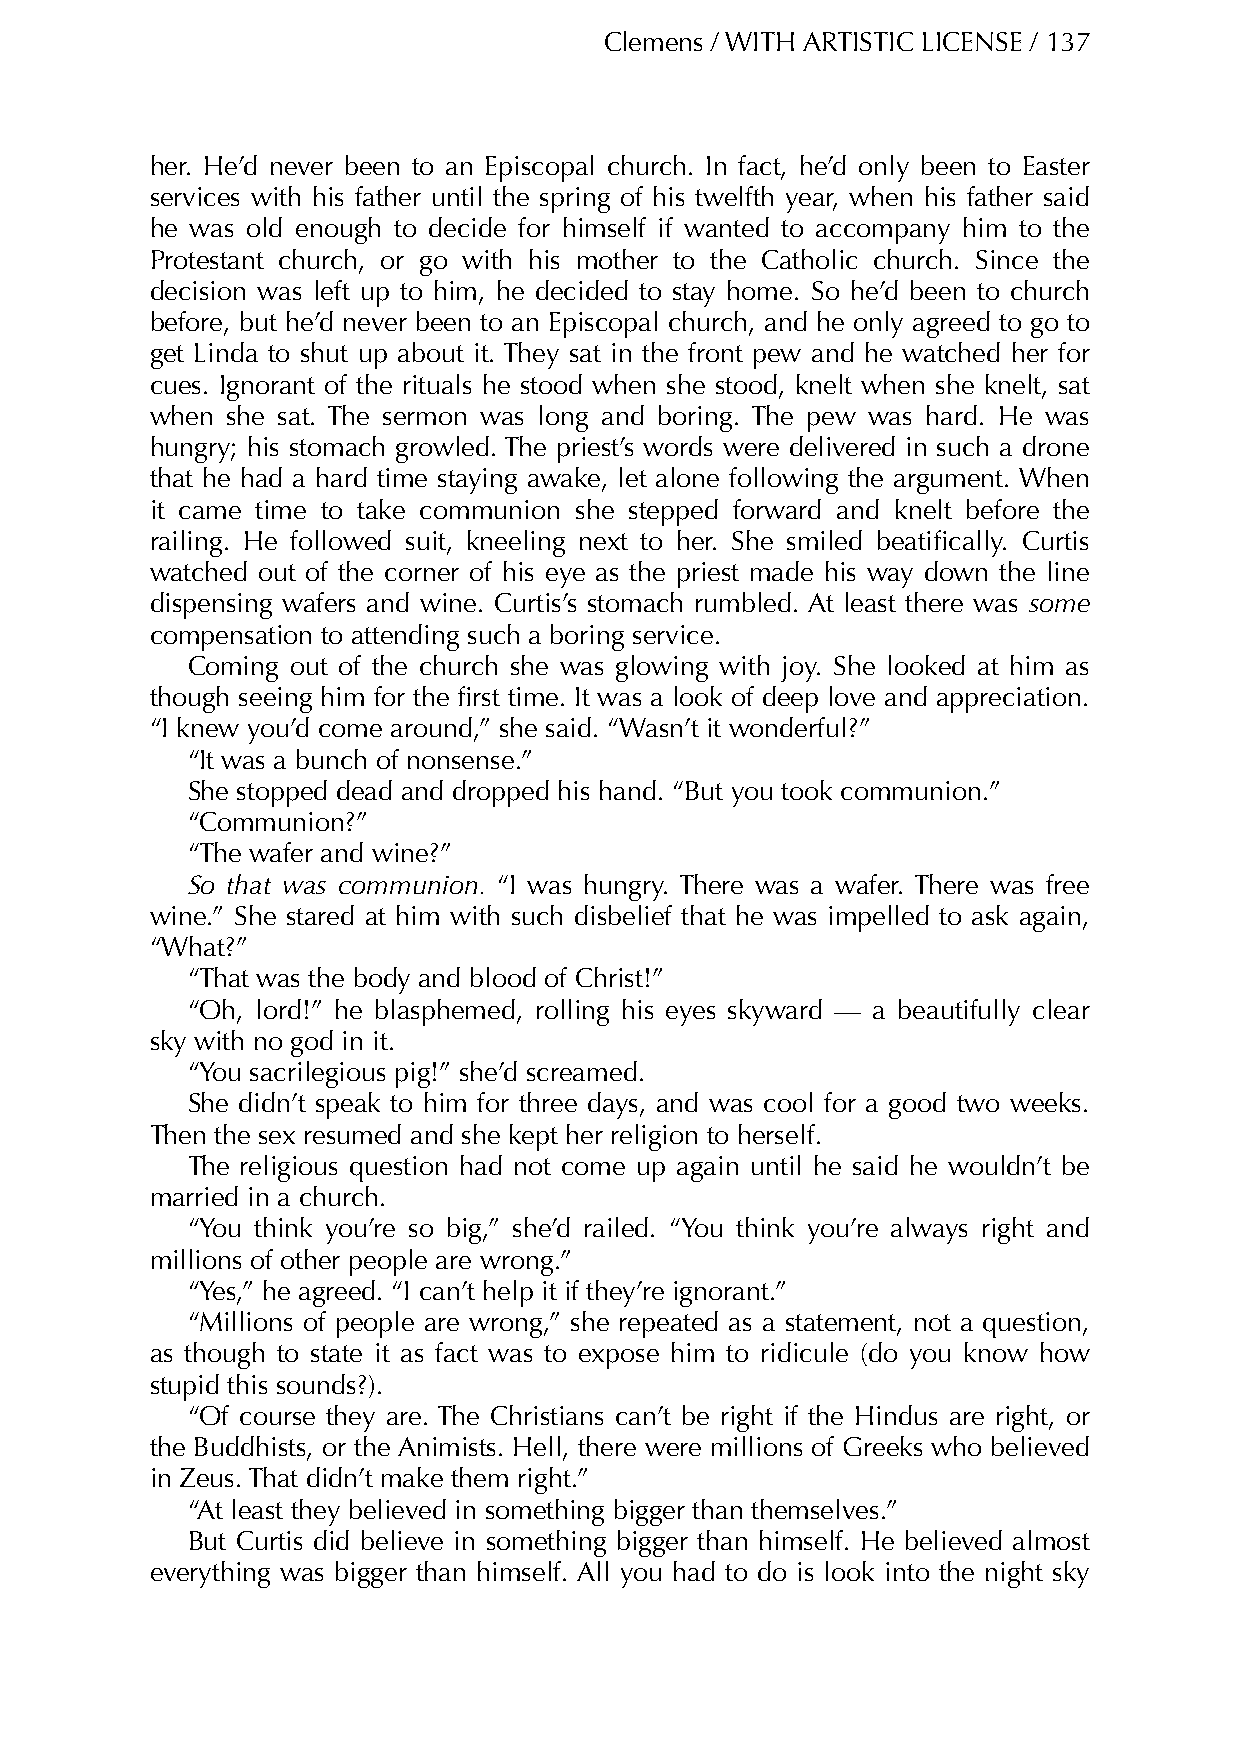
Clemens / WITH ARTISTIC LICENSE / 137
 her. He’d never been to an Episcopal church. In fact, he’d only been to Easter
 services with his father until the spring of his twelfth year, when his father said
 he was old enough to decide for himself if wanted to accompany him to the
 Protestant church, or go with his mother to the Catholic church. Since the
 decision was left up to him, he decided to stay home. So he’d been to church
 before, but he’d never been to an Episcopal church, and he only agreed to go to
 get Linda to shut up about it. They sat in the front pew and he watched her for
 cues. Ignorant of the rituals he stood when she stood, knelt when she knelt, sat
 when she sat. The sermon was long and boring. The pew was hard. He was
 hungry; his stomach growled. The priest’s words were delivered in such a drone
 that he had a hard time staying awake, let alone following the argument. When
 it came time to take communion she stepped forward and knelt before the
 railing. He followed suit, kneeling next to her. She smiled beatifically. Curtis
 watched out of the corner of his eye as the priest made his way down the line
 dispensing wafers and wine. Curtis’s stomach rumbled. At least there was some
 compensation to attending such a boring service.
 Coming out of the church she was glowing with joy. She looked at him as
 though seeing him for the first time. It was a look of deep love and appreciation.
 “I knew you’d come around,” she said. “Wasn’t it wonderful?”
 “It was a bunch of nonsense.”
 She stopped dead and dropped his hand. “But you took communion.”
 “Communion?”
 “The wafer and wine?”
 So that was communion. “I was hungry. There was a wafer. There was free
 wine.” She stared at him with such disbelief that he was impelled to ask again,
 “What?”
 “That was the body and blood of Christ!”
 “Oh, lord!” he blasphemed, rolling his eyes skyward — a beautifully clear
 sky with no god in it.
 “You sacrilegious pig!” she’d screamed.
 She didn’t speak to him for three days, and was cool for a good two weeks.
 Then the sex resumed and she kept her religion to herself.
 The religious question had not come up again until he said he wouldn’t be
 married in a church.
 “You think you’re so big,” she’d railed. “You think you’re always right and
 millions of other people are wrong.”
 “Yes,” he agreed. “I can’t help it if they’re ignorant.”
 “Millions of people are wrong,” she repeated as a statement, not a question,
 as though to state it as fact was to expose him to ridicule (do you know how
 stupid this sounds?).
 “Of course they are. The Christians can’t be right if the Hindus are right, or
 the Buddhists, or the Animists. Hell, there were millions of Greeks who believed
 in Zeus. That didn’t make them right.”
 “At least they believed in something bigger than themselves.”
 But Curtis did believe in something bigger than himself. He believed almost
 everything was bigger than himself. All you had to do is look into the night sky